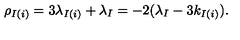
\rho _ { I ( i ) } = 3 \lambda _ { I ( i ) } + \lambda _ { I } = - 2 ( \lambda _ { I } - 3 k _ { I ( i ) } ) .